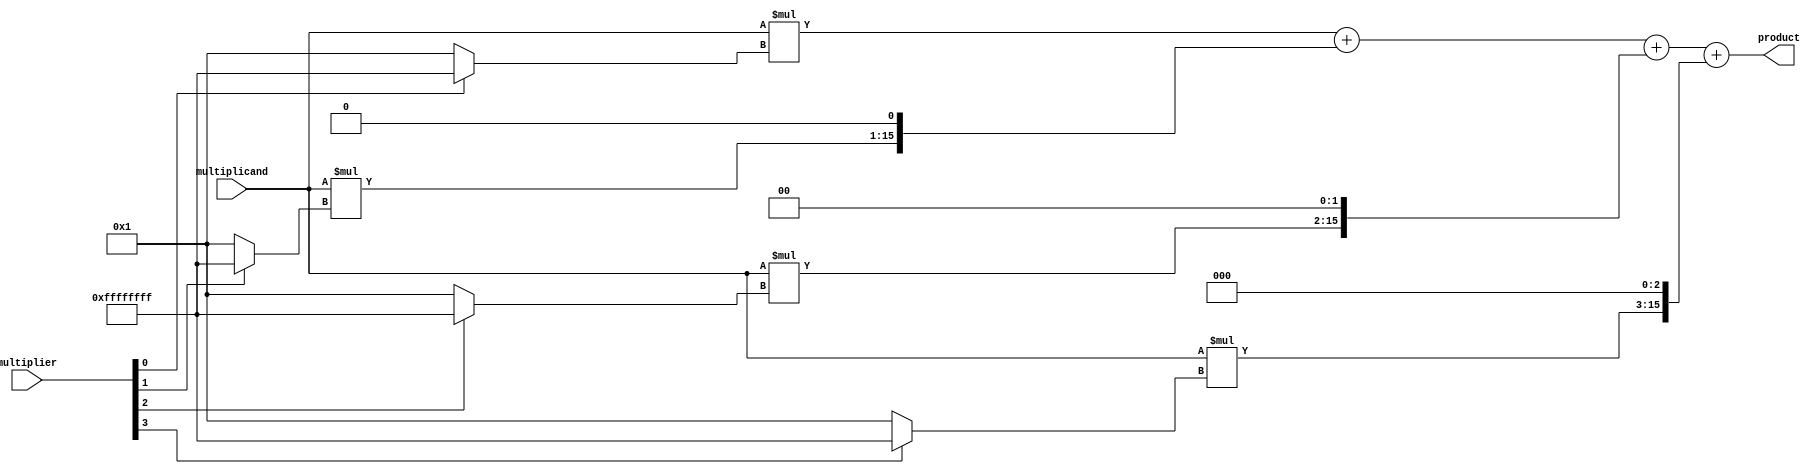
module parallel_booth_multiplier (
    input [7:0] multiplicand,
    input [7:0] multiplier,
    output reg [15:0] product
);

reg [15:0] partial_products[3:0];

// Booth encoding to generate partial products
always @(multiplicand, multiplier) begin
    partial_products[0] <= multiplicand * (multiplier[0] ? -1 : 1);
    partial_products[1] <= multiplicand * (multiplier[1] ? -1 : 1) << 1;
    partial_products[2] <= multiplicand * (multiplier[2] ? -1 : 1) << 2;
    partial_products[3] <= multiplicand * (multiplier[3] ? -1 : 1) << 3;
end

// Sum up partial products to obtain final product
always @* begin
    product = partial_products[0] + partial_products[1] + partial_products[2] + partial_products[3];
end

endmodule